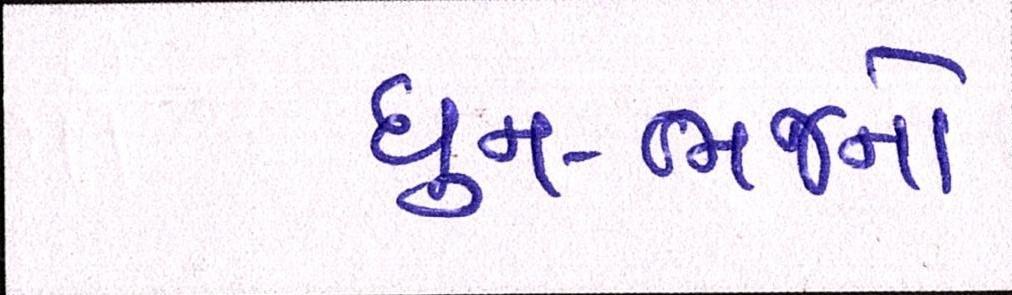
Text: ધુન-ભજનો